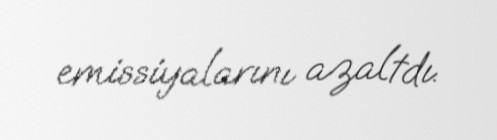
emissiyalarını azaltdı.